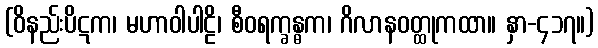
(ဝိနည်းပိဋက၊ မဟာဝါပါဠိ၊ စီဝရက္ခန္ဓက၊ ဂိလာနဝတ္ထုကထာ။ နှာ-၄၁၇။)